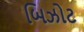
બિઝોટ